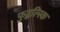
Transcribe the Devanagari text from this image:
फुद्बल्स्कि